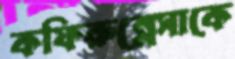
কফিরুন্নেসাকে